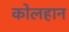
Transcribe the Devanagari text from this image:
कोलहान